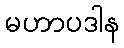
မဟာပဒါန